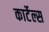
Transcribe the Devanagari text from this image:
कार्टेल्स